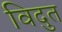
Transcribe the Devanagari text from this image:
विदुत